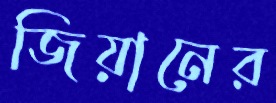
জিয়ানের